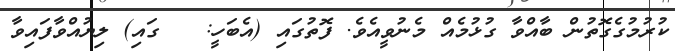
ކުރުމުގެގޮތުން ބާއްވާ ގުޅުމެއް މެނުވީއެވެ. ފޮތުގައި (އެބަހީ:   ގައި) ލިޔުއްވާފައިވާ